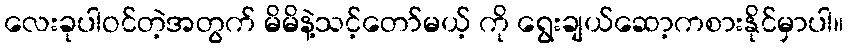
လေးခုပါဝင်တဲ့အတွက် မိမိနဲ့သင့်တော်မယ့် ကို ရွေးချယ်ဆော့ကစားနိုင်မှာပါ။